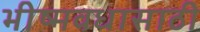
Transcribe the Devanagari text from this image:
भीष्मवधासाठी